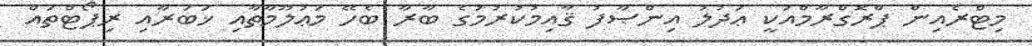
މިޓްރެއިން ޕްރޮގްރާމްއަކީ ޢަދުލު އިންޞާފު ޤާއިމުކުރުމުގެ ބާރާ ބެހޭ މަޢުލޫމާތާއި ޚަބަރާއި ރިޕޯޓްތައް